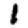
Digit: 1